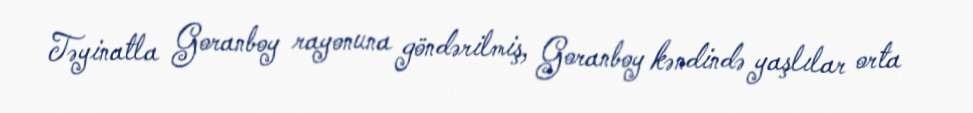
Təyinatla Goranboy rayonuna göndərilmiş, Goranboy kəndində yaşlılar orta